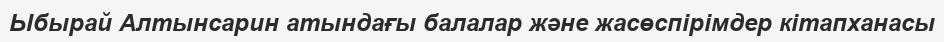
Ыбырай Алтынсарин атындағы балалар және жасөспірімдер кітапханасы